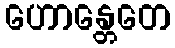
ဟောန္တေတေ